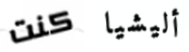
كنت أليشيا